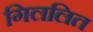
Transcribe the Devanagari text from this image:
गिललित